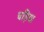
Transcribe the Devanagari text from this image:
चड़िया